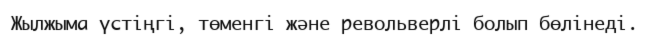
Жылжыма үстіңгі, төменгі және револьверлі болып бөлінеді.